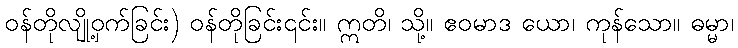
ဝန်တိုလျို့ဝှက်ခြင်း) ဝန်တိုခြင်း၎င်း။ ဣတိ၊ သို့။ ဧဝမာဒ ယော၊ ကုန်သော။ ဓမ္မာ၊